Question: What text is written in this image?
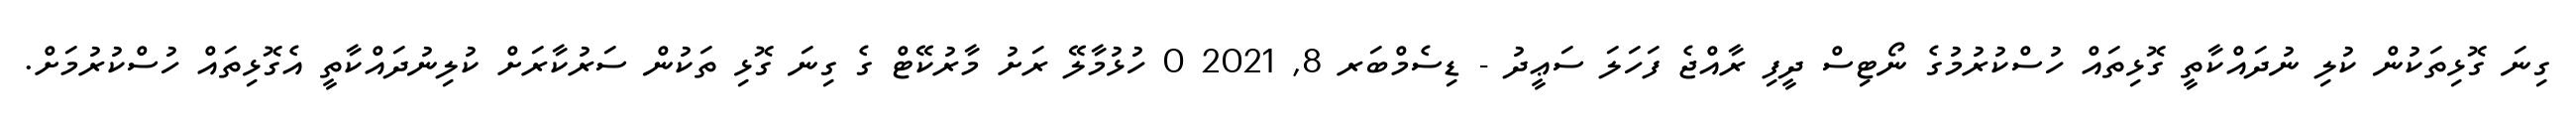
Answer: ގިނަ ގޮޅިތަކުން ކުލި ނުދައްކާތީ ގޮޅިތައް ހުސްކުރުމުގެ ނޯޓިސް ދީފި ރާއްޖެ ފަހަލަ ސަޢީދު - ޑިސެމްބަރ 8, 2021 0 ހުޅުމާލޭ ރަށު މާރުކޭޓް ގެ ގިނަ ގޮޅި ތަކުން ސަރުކާރަށް ކުލިނުދައްކާތީ އެގޮޅިތައް ހުސްކުރުމަށް.